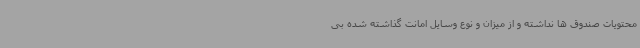
محتویات صندوق ها نداشته و از میزان و نوع وسایل امانت گذاشته شده بی